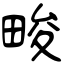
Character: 畯